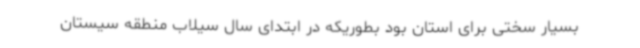
بسیار سختی برای استان بود بطوریکه در ابتدای سال سیلاب منطقه سیستان